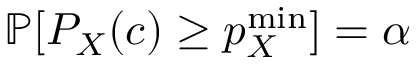
\mathbb { P } [ P _ { X } ( c ) \geq p _ { X } ^ { \mathrm { m i n } } ] = \alpha